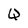
Character: Q